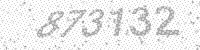
Solution: 873132